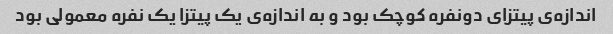
اندازه‌ی پیتزای دونفره کوچک بود و به اندازه‌ی یک پیتزا یک نفره معمولی بود